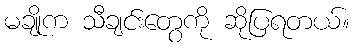
မချိုက သီချင်းတွေကို ဆိုပြရတယ်။